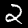
Label: 2